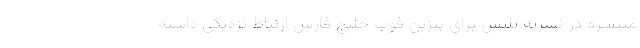
منتشره در نشریه پلتس برای بنزین فوب خلیج فارس ارتباط نزدیکی داشته